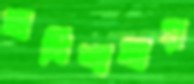
অধিশাখায়